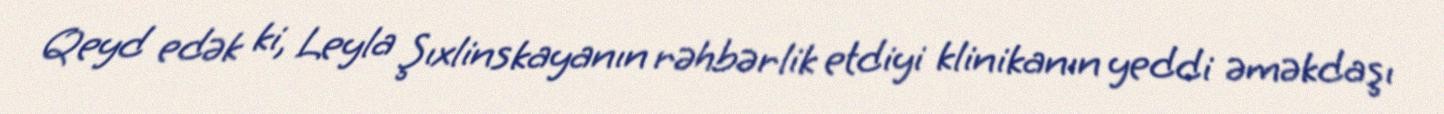
Qeyd edək ki, Leyla Şıxlinskayanın rəhbərlik etdiyi klinikanın yeddi əməkdaşı